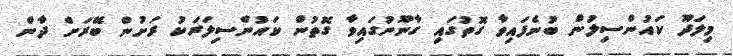
މިލަދޫ ކައުންސިލުން ބުނެފައިވާ ގޮތުގައި ގާނޫނުގައިވާ ގޮތުން ކައުންސިލަރަކު ރަށުން ބޭރަށް ދާން